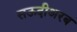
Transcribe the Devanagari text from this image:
सऊदीअरब